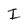
Character: I